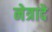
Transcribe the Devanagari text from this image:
नेत्रादे